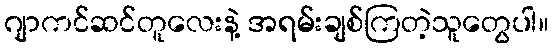
ဂျာကင်ဆင်တူလေးနဲ့ အရမ်းချစ်ကြတဲ့သူတွေပါ။